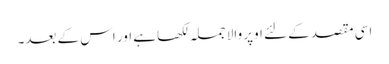
اسی مقصد کے لئے اوپر والا جملہ لکھا ہے اور اس کے بعد۔